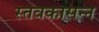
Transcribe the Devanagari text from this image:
स्तवकासन्न